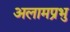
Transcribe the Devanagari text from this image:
अलामप्रभु